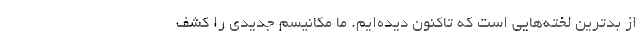
از بدترین لخته‌هایی است که تاکنون دیده‌ایم. ما مکانیسم جدیدی را کشف